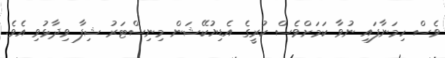
ވެސް ހިމަނާފައި ނުވާ ކަމަށްވެސް ކުރީގެ އެޑިޔުކޭޝަން މިނިސްޓަރު ޝިފާ ވިދާޅުވި އެވެ.